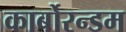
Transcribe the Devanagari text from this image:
कार्बोरन्डम